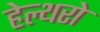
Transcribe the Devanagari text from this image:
हेल्थरो